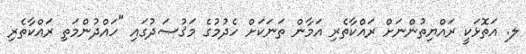
ލ. އަތޮޅަކީ ރައްޔިތުންނަށް ރައްކާތެރި އަމާން ތަނަކަށް ހެދުމުގެ މަޤުޞަދުގައި "ހައްދުންމަތި ރައްކާތެރި